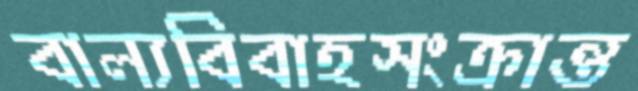
বাল্যবিবাহসংক্রান্ত